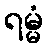
ရမ္မံ